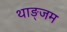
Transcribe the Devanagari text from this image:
थाङ्जम